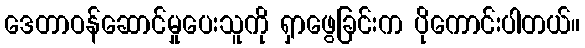
ဒေတာဝန်ဆောင်မှုပေးသူကို ရှာဖွေခြင်းက ပိုကောင်းပါတယ်။